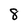
Character: 8